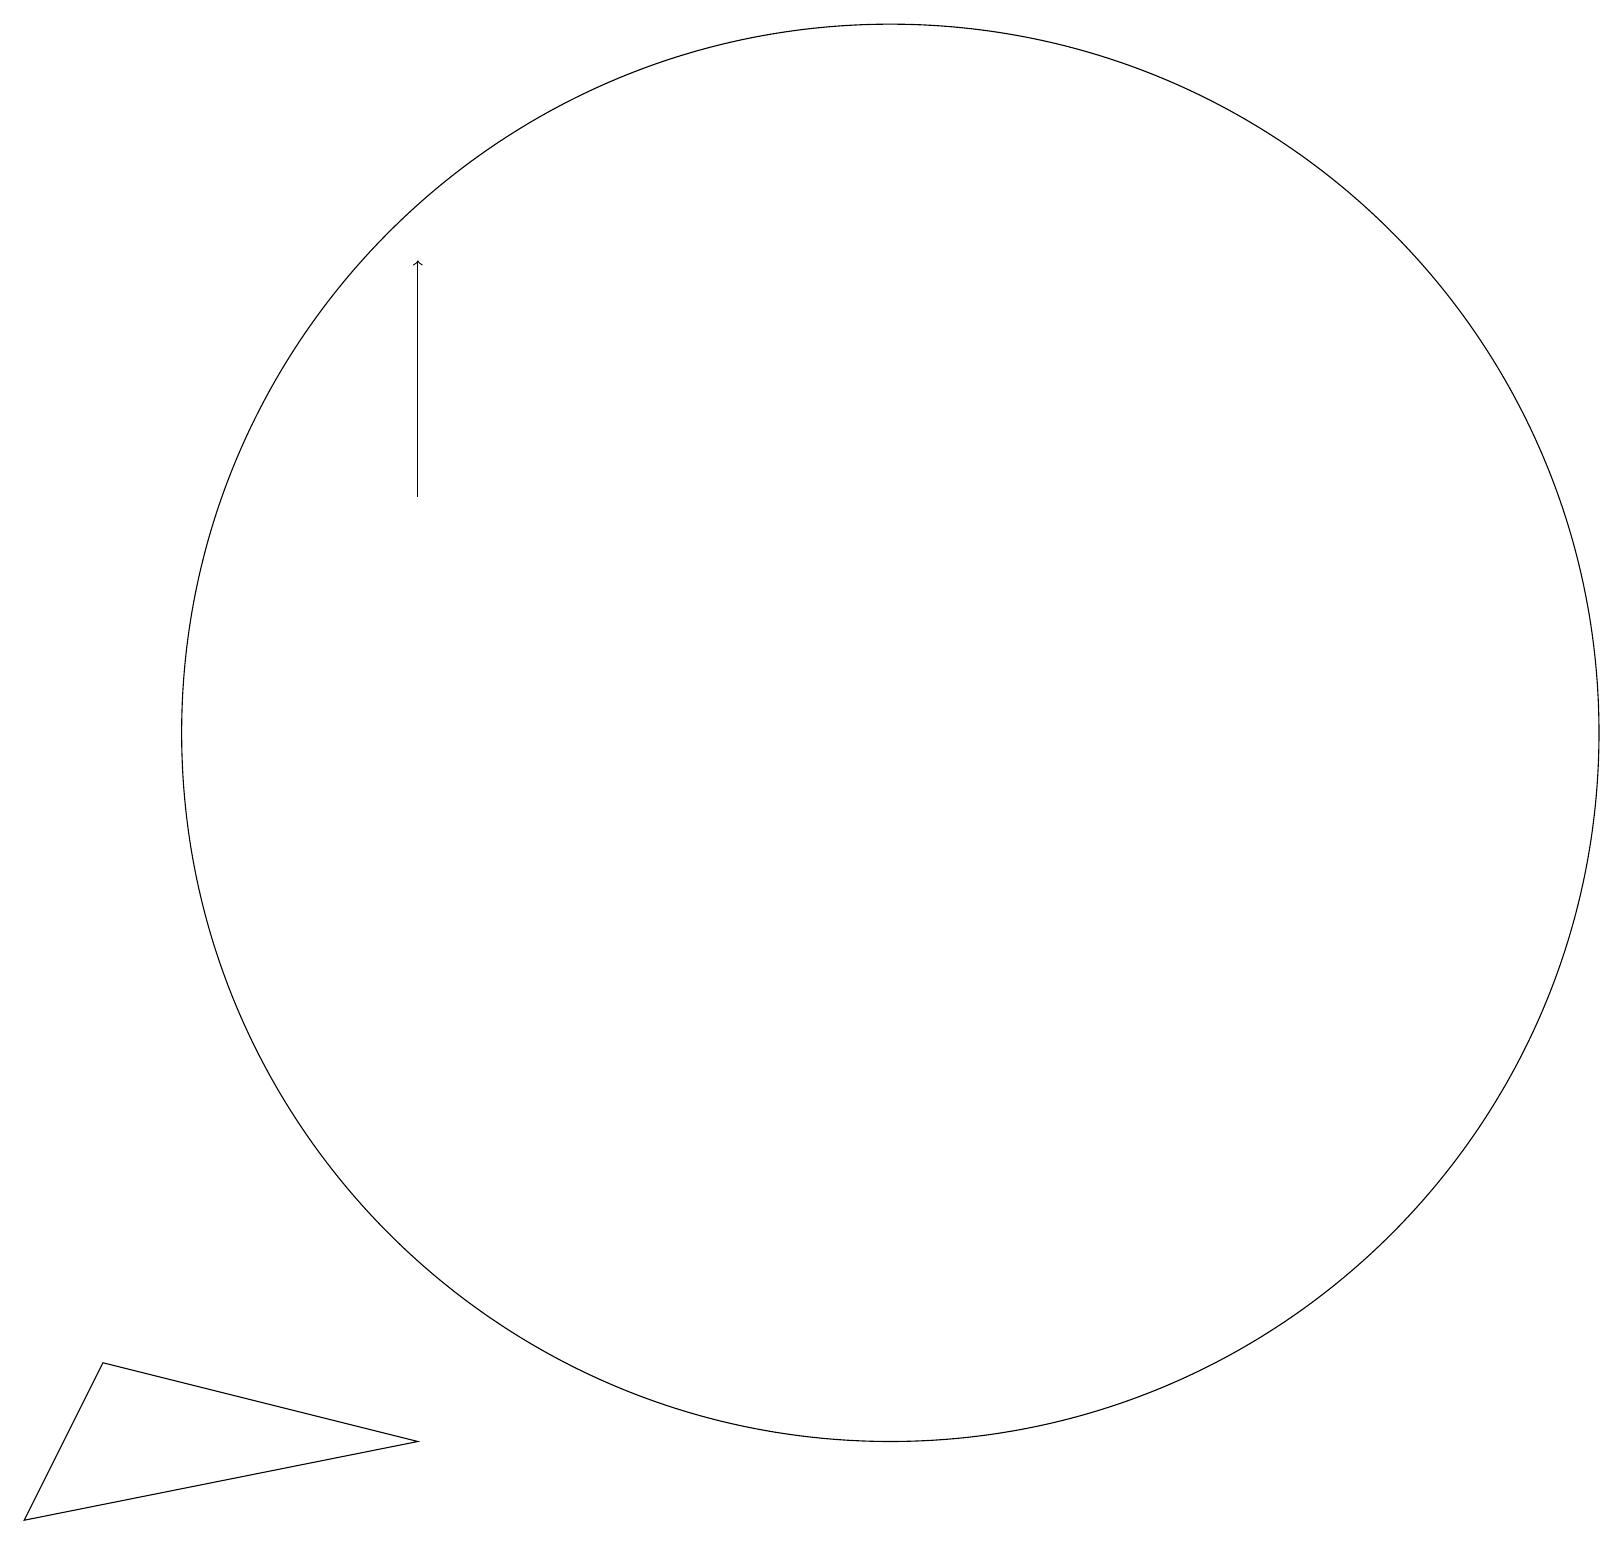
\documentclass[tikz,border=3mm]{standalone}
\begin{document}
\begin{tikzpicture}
\draw[->] (5,14) -- (5,17);
\draw (11,11) circle (9);
\draw (1,3) -- (0,1) -- (5,2) -- cycle;
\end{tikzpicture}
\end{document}